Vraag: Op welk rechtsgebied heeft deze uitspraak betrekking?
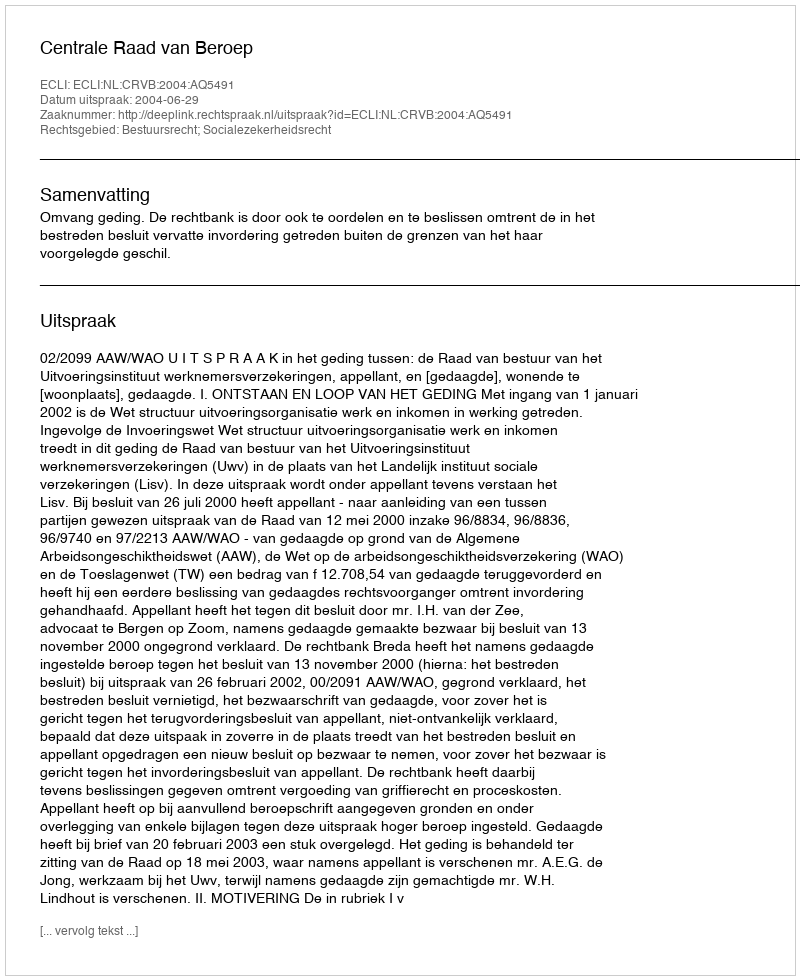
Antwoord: Bestuursrecht; Socialezekerheidsrecht